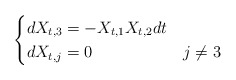
\begin{align*}\begin{cases}dX_{t,3} = -X_{t,1}X_{t,2}dt \\ dX_{t,j} = 0 & j \neq 3\end{cases}\end{align*}